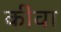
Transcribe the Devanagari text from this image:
कींवा